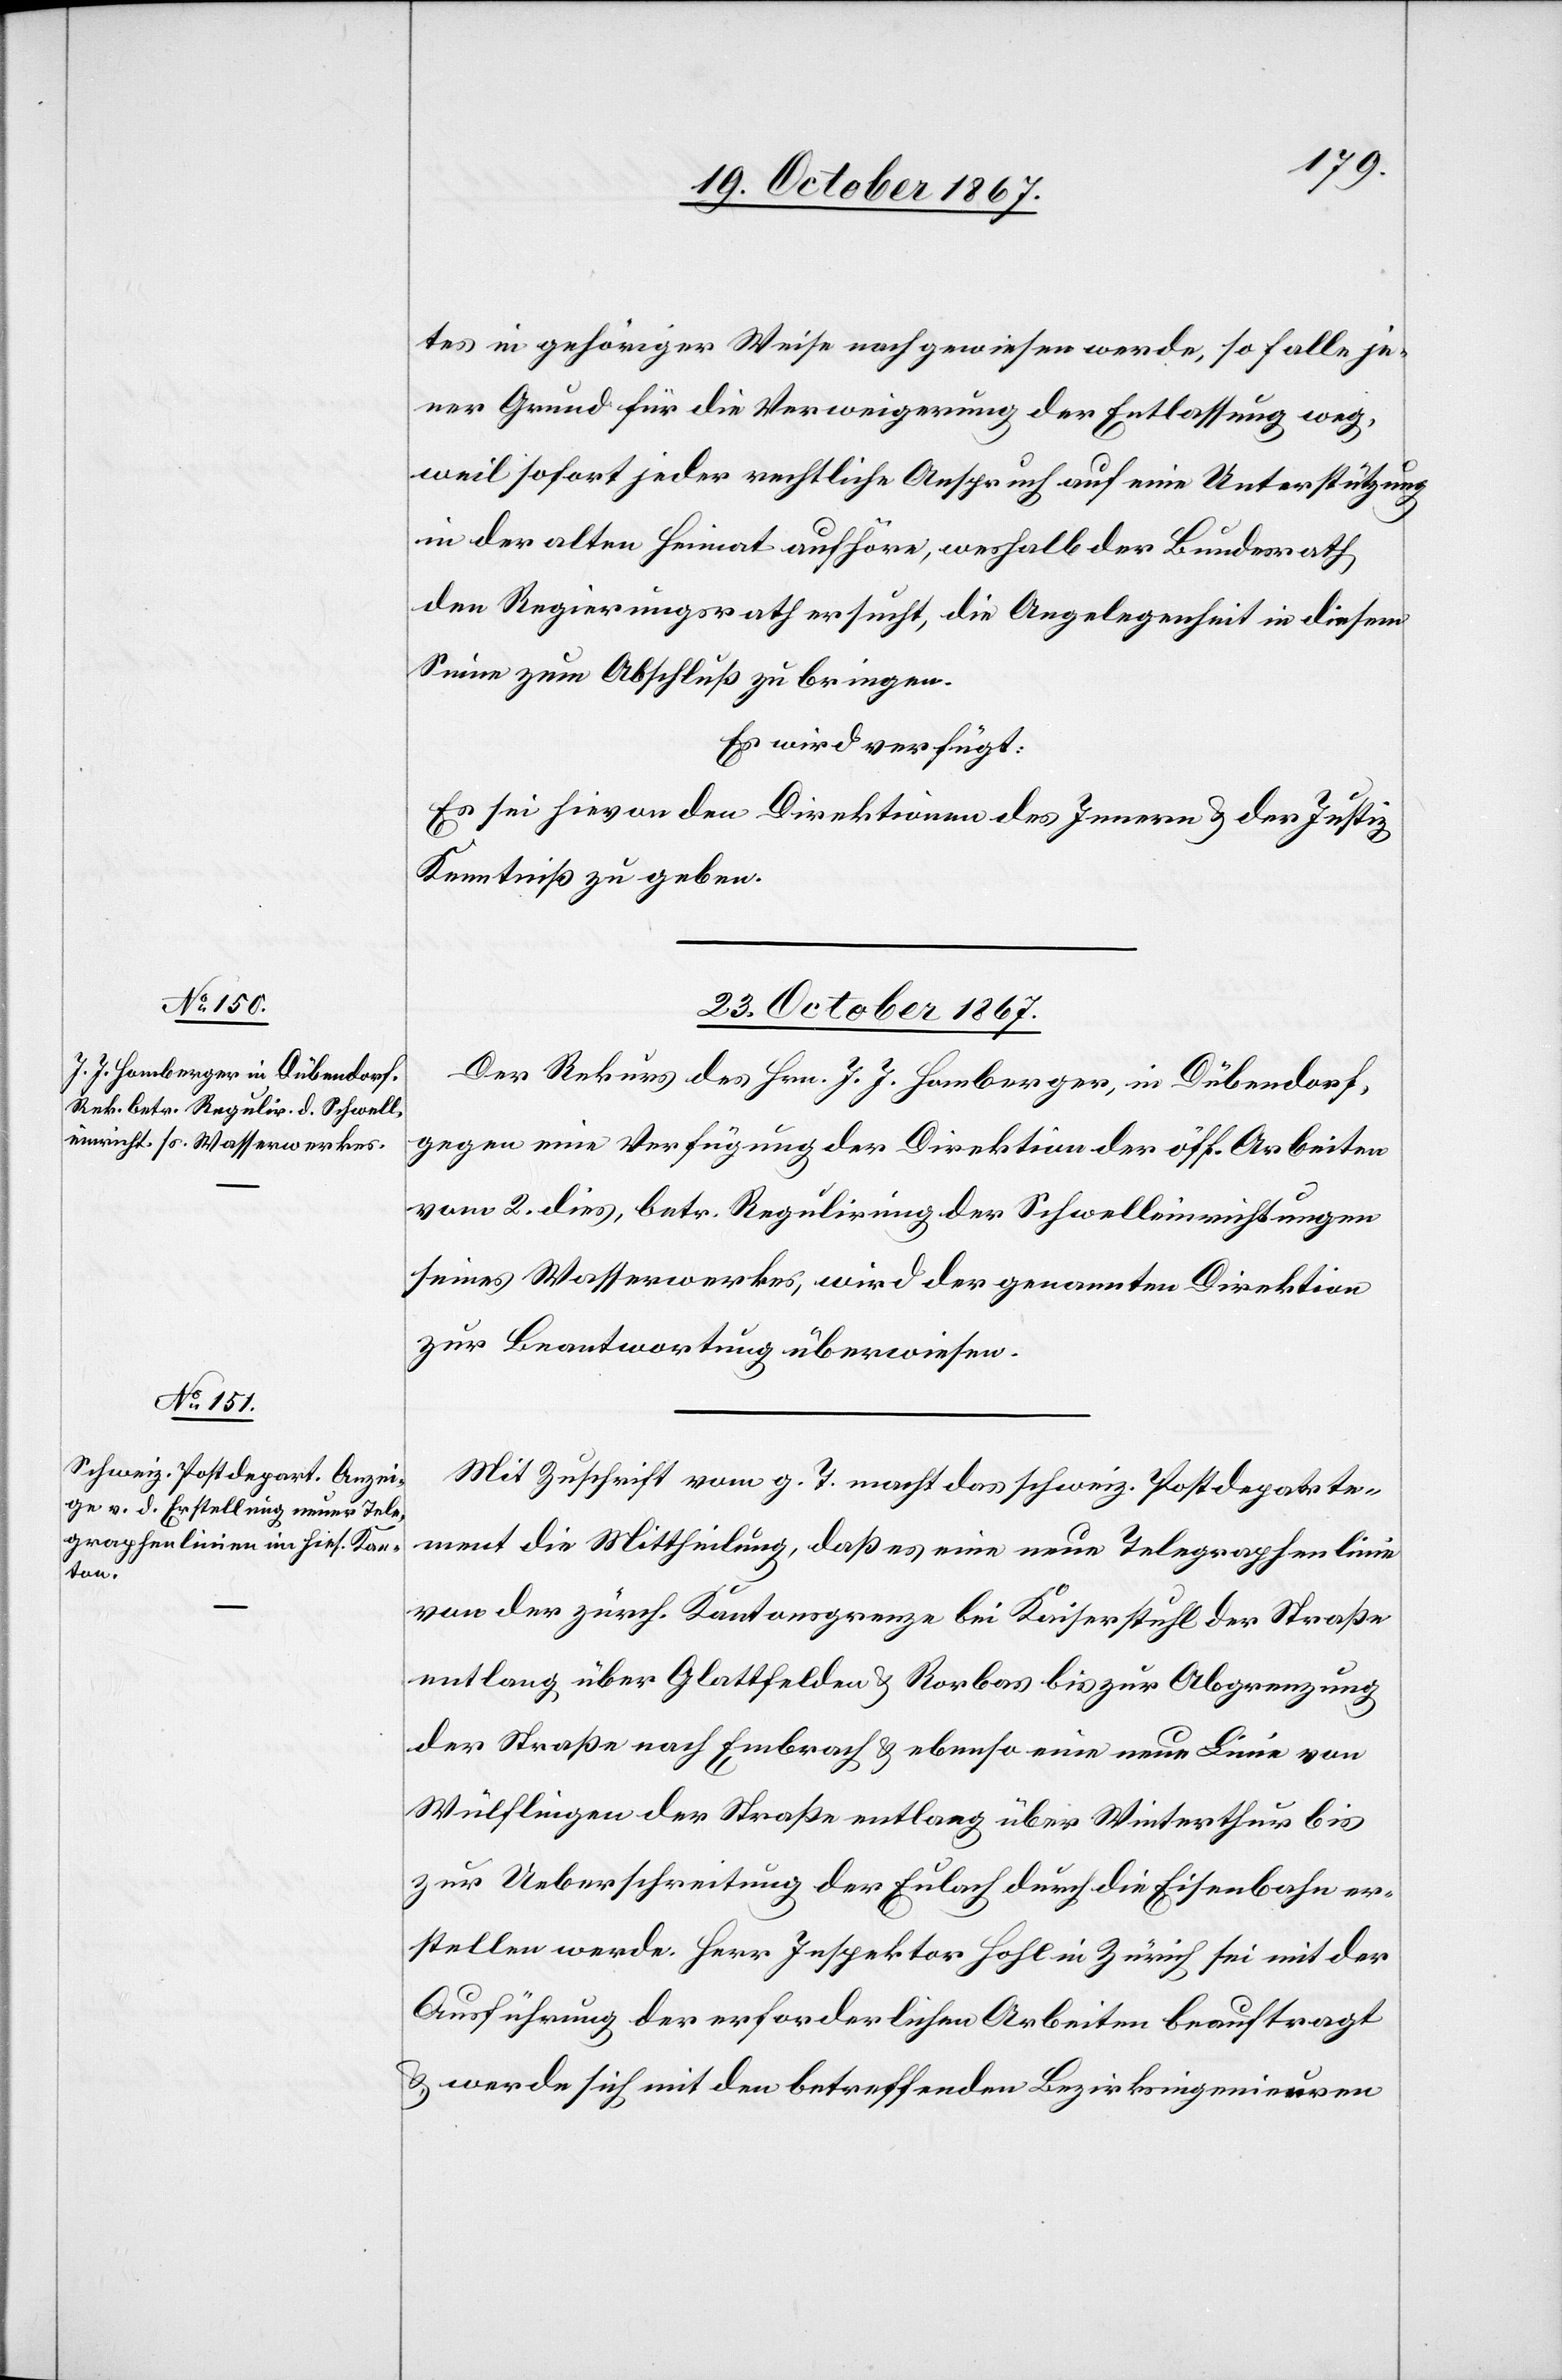
tes in gehöriger Weise nachgewiesen werde, so falle je¬
ner Grund für die Verweigerung der Entlassung weg,
weil sofort jeder rechtliche Anspruch auf eine Unterstützung
in der alten Heimat aufhöre, weshalb der Bundesrath
den Regierungsrath ersucht, die Angelegenheit in diesem
Sinne zum Abschluß zu bringen.
Es wird verfügt:
Es sei hievon den Direktionen des Innern u. der Justiz
Kenntniß zu geben.
23. October 1867.]
Der Rekurs des Hrn. J. J: Homberger, in Dübendorf,
gegen eine Verfügung der Direktion der öff. Arbeiten
vom 2. dies, betr. Regulirung der Schwelleinrichtungen
seines Wasserwerkes, wird der genannten Direktion
zur Beantwortung überwiesen.
Mit Zuschrift vom g. T. macht das schweiz. Postdeparte¬
ment die Mittheilung, daß es eine neue Telegraphenlinie
von der zürch. Kantonsgrenze bei Kaiserstuhl der Straße
entlang über Glattfelden u. Rorbas bis zur Abgrenzung
der Straße nach Embrach u. ebenso eine neue Linie von
Wülflingen der Straße entlang über Winterthur bis
zur Ueberschreitung der Eulach durch die Eisenbahn er¬
stellen werde. Herr Inspektor Hohl in Zürich sei mit der
Ausführung der erforderlichen Arbeiten beauftragt
u. werde sich mit den betreffenden Bezirksingenieuren